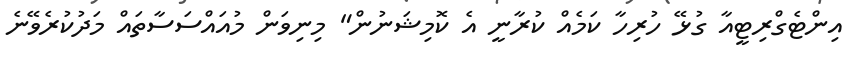
އިންޓެގްރިޓީއާ ގުޅޭ ހުރިހާ ކަމެއް ކުރާނީ އެ ކޮމިޝަނުން" މިނިވަން މުއައްސަސާތައް މަދުކުރެވޭނެ